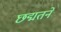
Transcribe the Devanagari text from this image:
छद्मतने